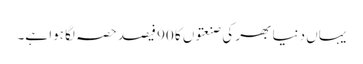
یہاں دنیا بھر کی صنعتوں کا 90 فیصد حصہ لگا ہوا ہے۔